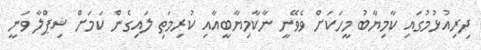
ދިރިއުޅުމުގައި ކާމިޔާބު މީހަކަށް ވެވޭނީ ނާކާމިޔާބީއާއި ކުރިމަތި ލައިގެން ކަމަށް ޝިޕްލާ ވަނީ